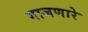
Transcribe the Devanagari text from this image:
गाजणारे